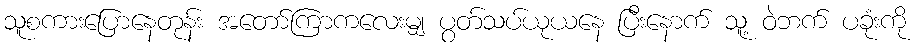
သူစကားပြောနေတုန်း အတော်ကြာကလေးမျှ ပွတ်သပ်ယုယနေ ပြီးနောက် သူ့ ဝဲဘက် ပခုံးကို